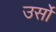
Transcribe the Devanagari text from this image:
उर्सो